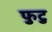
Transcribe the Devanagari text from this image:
फुटु